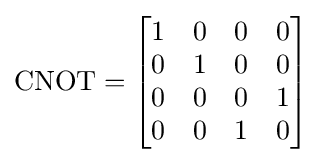
\mathrm {CNOT} ={\begin{bmatrix}1&0&0&0\\0&1&0&0\\0&0&0&1\\0&0&1&0\end{bmatrix}}